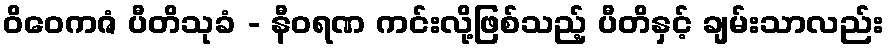
ဝိဝေကဇံ ပီတိသုခံ - နီဝရဏ ကင်းလို့ဖြစ်သည့် ပီတိနှင့် ချမ်းသာလည်း